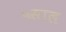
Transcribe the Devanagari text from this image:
५साल